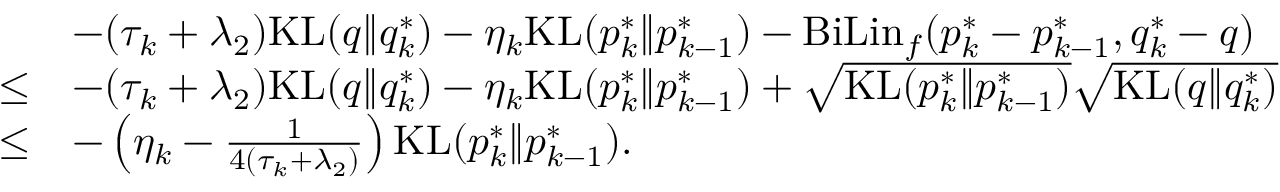
\begin{array} { r l } & { - ( \tau _ { k } + \lambda _ { 2 } ) \mathrm { K L } ( q \| q _ { k } ^ { * } ) - \eta _ { k } \mathrm { K L } ( p _ { k } ^ { * } \| p _ { k - 1 } ^ { * } ) - \mathrm { B i L i n } _ { f } ( p _ { k } ^ { * } - p _ { k - 1 } ^ { * } , q _ { k } ^ { * } - q ) } \\ { \leq } & { - ( \tau _ { k } + \lambda _ { 2 } ) \mathrm { K L } ( q \| q _ { k } ^ { * } ) - \eta _ { k } \mathrm { K L } ( p _ { k } ^ { * } \| p _ { k - 1 } ^ { * } ) + \sqrt { \mathrm { K L } ( p _ { k } ^ { * } \| p _ { k - 1 } ^ { * } ) } \sqrt { \mathrm { K L } ( q \| q _ { k } ^ { * } ) } } \\ { \leq } & { - \left( \eta _ { k } - \frac { 1 } { 4 ( \tau _ { k } + \lambda _ { 2 } ) } \right) \mathrm { K L } ( p _ { k } ^ { * } \| p _ { k - 1 } ^ { * } ) . } \end{array}